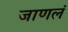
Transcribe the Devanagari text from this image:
जाणलं